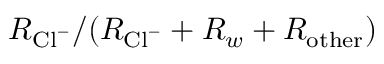
R _ { \mathrm { C l } ^ { - } } / ( R _ { \mathrm { C l } ^ { - } } + R _ { w } + R _ { \mathrm { o t h e r } } )